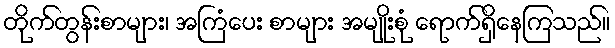
တိုက်တွန်းစာများ၊ အကြံပေး စာများ အမျိုးစုံ ရောက်ရှိနေကြသည်။